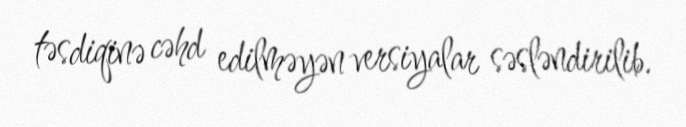
təsdiqinə cəhd edilməyən versiyalar səsləndirilib.